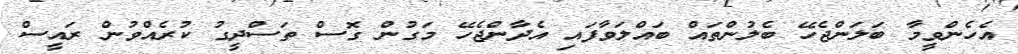
އެހެންވީމާ ބަލަންޖެހޭ ބެލުންތައް ބައްލަވާފައި އެދާންޖެހޭ މަގުން ގޮސް ތަސްދީގު ކުރެއްވުން ރައީސް